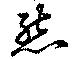
熊